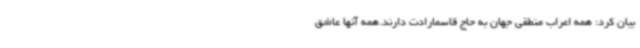
بیان کرد: همه اعراب منطقی جهان به حاج قاسمارادت دارند.همه آنها عاشق